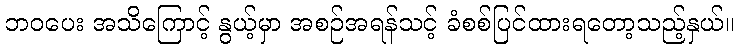
ဘဝပေး အသိကြောင့် နွယ့်မှာ အစဉ်အရန်သင့် ခံစစ်ပြင်ထားရတော့သည့်နှယ်။